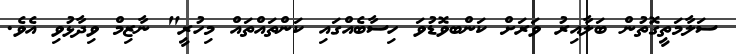
ސަލާމަތީގޮތުން ބަލާއިރު ވަރަށް ކަންބވޮޑުވަ ހިސާބެއްގައި ކަންތައްތައް މިހުރީ" ނާޒިމް ވިދާޅުވި އެވެ.